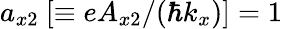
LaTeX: a_{x2}~[\equiv eA_{x2}/(\hbar k_{x})]=1